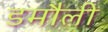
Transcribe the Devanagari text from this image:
डमाैली